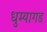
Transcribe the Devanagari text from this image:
धुम्यागड